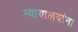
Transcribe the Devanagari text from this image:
न्यायालयांना